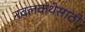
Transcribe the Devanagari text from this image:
नवलकथेसाठी